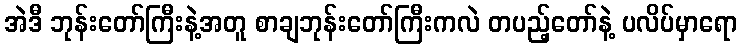
အဲဒီ ဘုန်းတော်ကြီးနဲ့အတူ စာချဘုန်းတော်ကြီးကလဲ တပည့်တော်နဲ့ ပလိပ်မှာရော